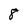
Character: 8